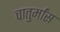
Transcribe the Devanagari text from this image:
चातुर्मांस